Investigations into the jail dietaries of the United Provinces with some observations on the influence of dietary on the physical development and well-being of the people of the United Provinces - Number 48
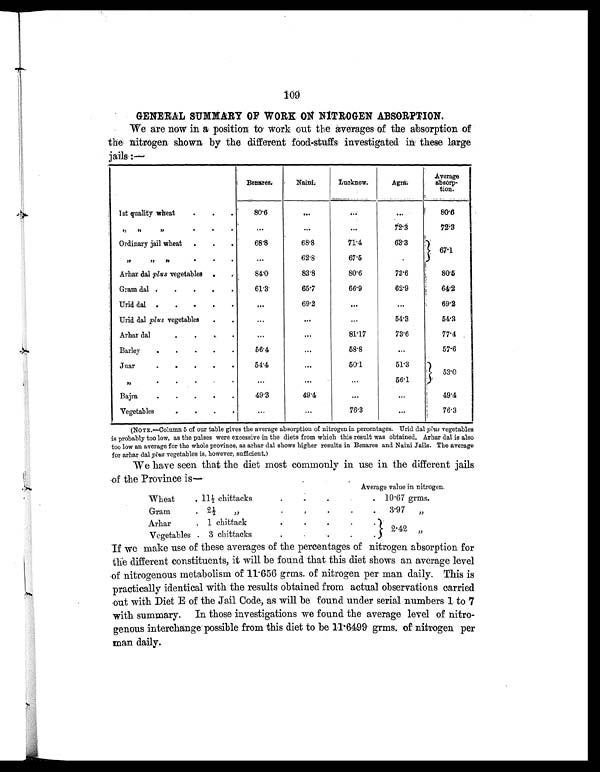
109
GENERAL SUMMARY OF WORK ON NITROGEN ABSORPTION.
We are now in a position to work out the averages of the absorption of
the nitrogen shown by the different food-stuffs investigated in these large
jails :—
Benares.
Naini.
Lucknow.
Agra.
Average
absorp-
tion.
1st quality wheat
.
.
.
80.6
. . .
. . .
. . .
80.6
„ „ „
.
.
.
. . .
. . .
. . .
72.3
72.3
Ordinary jail wheat
.
.
.
68.8
68.8
71.4
62.3
67.1
„ „ „
.
.
.
...
62.8
67.5
Arhar dal plus vegetables .
.
84.0
83.8
80.6
73.6
80.5
Gram dal .
. .
.
.
61.3
65.7
66.9
62.9
64.2
Urid dal .
.
.
.
.
. . .
69.2
. . .
. . .
69.2
Urid dal plus vegetables
.
.
...
. . .
...
54.3
54.3
Arhar dal
.
.
.
.
. . .
. . .
81.17
73.6
77.4
Barley
.
.
.
.
.
56.4
. . .
58.8
. . .
57.6
Juar
.
.
.
.
.
54.4
. . .
50.1
51.3
53.0
„
.
.
.
.
.
. . .
. . .
. . .
56.1
Bajra
.
.
.
.
.
49.3
49.4
. . .
. . .
49.4
Vegetables
.
.
.
.
...
...
76.3
. . .
76.3
(NOTE.—Column 5 of our table gives the average absorption of nitrogen in percentages. Urid dal plus vegetables
is probably too low, as the pulses were excessive in the diets from which this result was obtained. Arhar dal is also
too low an average for the whole province, as arhar dal shows higher results in Benares and Naini Jails. The average
for arhar dal plus vegetables is, however, sufficient.)
We have seen that the diet most commonly in use in the different jails
of the Province is—
Average value in nitrogen.
Wheat
. 11½ chittacks
.
.
.
. .
1 0 . 6 7
g r m s .
Gram
.
2½ „
.
.
.
.
.
3. 97 „
Arhar
. 1 chittack
.
.
. .
.
Vegetables . 3 chittacks
.
.
. .
. 2 . 42 „
If we make use of these averages of the percentages of nitrogen absorption for
the different constituents, it will be found that this diet shows an average level
of nitrogenous metabolism of 11.656 grms. of nitrogen per man daily. This is
practically identical with the results obtained from actual observations carried
out with Diet E of the Jail Code, as will be found under serial numbers 1 to 7
with summary. In those investigations we found the average level of nitro-
genous interchange possible from this diet to be 11.6499 grms. of nitrogen per
man daily.